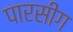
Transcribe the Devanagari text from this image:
पारसीग